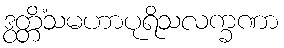
ဒွတ္တိံသမဟာပုရိသလက္ခဏာ